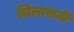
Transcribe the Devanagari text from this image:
चिलासनी